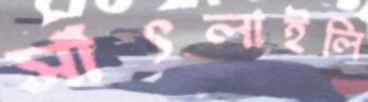
সাঁৎলাইলি